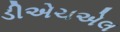
ડીએચએલ